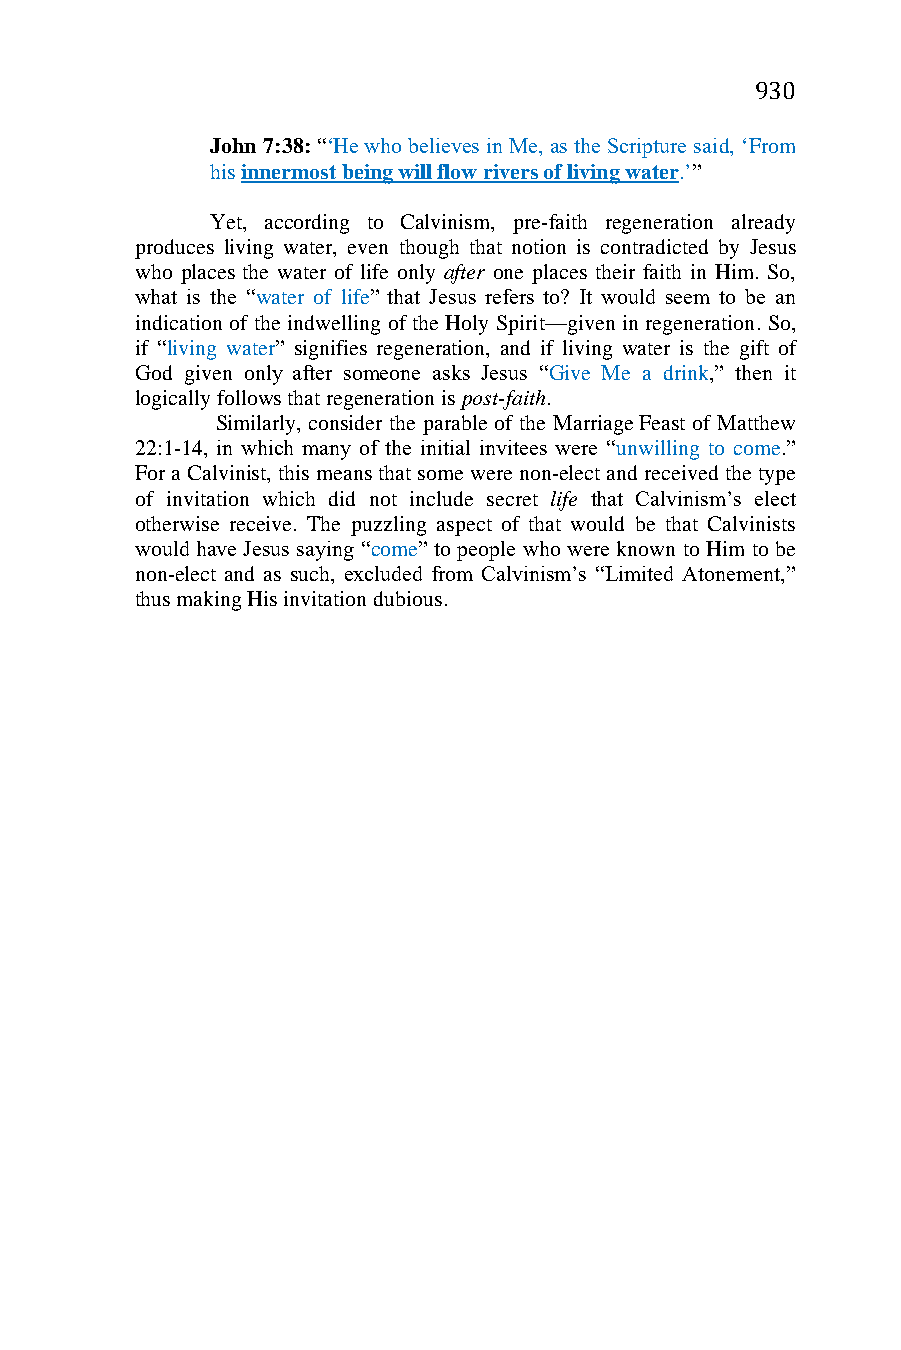
930
 John 7:38: “‘He who believes in Me, as the Scripture said, ‘From
 his innermost being will flow rivers of living water.’”
 Yet, according to Calvinism, pre-faith regeneration already
 produces living water, even though that notion is contradicted by Jesus
 who places the water of life only after one places their faith in Him. So,
 what is the “water of life” that Jesus refers to? It would seem to be an
 indication of the indwelling of the Holy Spirit—given in regeneration. So,
 if “living water” signifies regeneration, and if living water is the gift of
 God given only after someone asks Jesus “Give Me a drink,” then it
 logically follows that regeneration is post-faith.
 Similarly, consider the parable of the Marriage Feast of Matthew
 22:1-14, in which many of the initial invitees were “unwilling to come.”
 For a Calvinist, this means that some were non-elect and received the type
 of invitation which did not include secret life that Calvinism’s elect
 otherwise receive. The puzzling aspect of that would be that Calvinists
 would have Jesus saying “come” to people who were known to Him to be
 non-elect and as such, excluded from Calvinism’s “Limited Atonement,”
 thus making His invitation dubious.